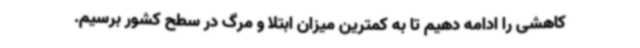
کاهشی را ادامه دهیم تا به کمترین میزان ابتلا و مرگ در سطح کشور برسیم.